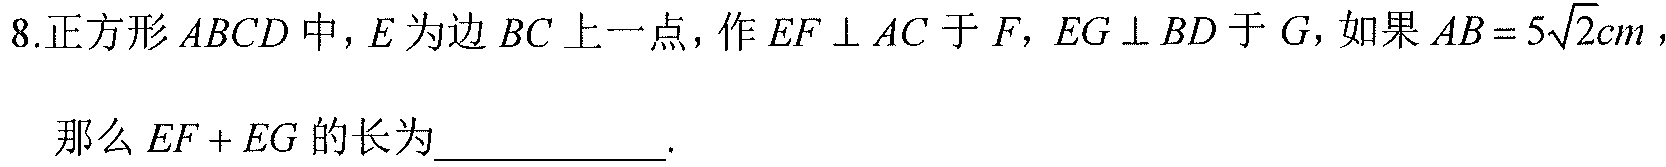
8.正方形$ABCD$中，$E$为边$BC$上一点，作$EF\perp AC$于$F$，$EG\perp BD$于$G$，如果$AB = 5\sqrt{2}cm$，
那么$EF + EG$的长为___________.